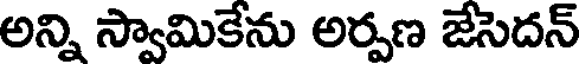
అన్ని స్వామికేను అర్పణ జేసెదన్